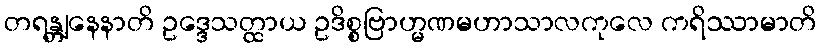
တရန္တျနေနာတိ ဥဒ္ဒေသတ္ထာယ ဥဒိစ္စဗြာဟ္မဏမဟာသာလကုလေ ကရိဿာမာတိ